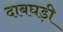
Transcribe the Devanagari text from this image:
दाबघड़ी